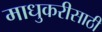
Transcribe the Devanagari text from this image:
माधुकरीसाठी